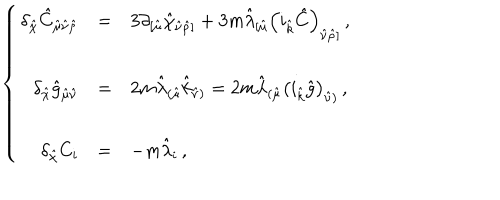
\left\{ \begin{array} { r c l } { { \delta _ { \hat { \chi } } \hat { C } _ { \hat { \mu } \hat { \nu } \hat { \rho } } } } & { { = } } & { { 3 \partial _ { [ \hat { \mu } } \hat { \chi } _ { \hat { \nu } \hat { \rho } ] } + 3 m \hat { \lambda } _ { [ \hat { \mu } } \left( i _ { \hat { k } } \hat { C } \right) _ { \hat { \nu } \hat { \rho } ] } \, , } } \\ { { } } & { { } } & { { } } \\ { { \delta _ { \hat { \chi } } \hat { g } _ { \hat { \mu } \hat { \nu } } } } & { { = } } & { { 2 m \hat { \lambda } _ { ( \hat { \mu } } \hat { k } _ { \hat { \nu } ) } = 2 m \hat { \lambda } _ { ( \hat { \mu } } \left( i _ { \hat { k } } \hat { g } \right) _ { \hat { \nu } ) } \, , } } \\ { { } } & { { } } & { { } } \\ { { \delta _ { \hat { \chi } } C _ { i } } } & { { = } } & { { - m \hat { \lambda } _ { i } \, , } } \\ \end{array} \right.